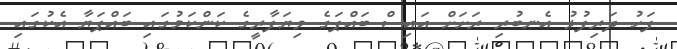
ފަހު ދަރިފުޅު އެނބުރި ރަށަށް އައިސް ބައްޕަގެ ވިޔަފާރީގެ ކަންކަމުގައި ބައްޕަޔާ އެކުގައި